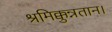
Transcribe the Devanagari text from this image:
श्रमिक्कुन्नतान।